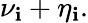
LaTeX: \nu_{\mathbf{i}}+\eta_{\mathbf{i}}.